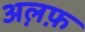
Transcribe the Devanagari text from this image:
अल़फ़